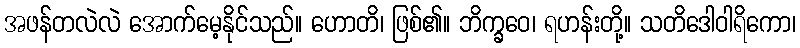
အဖန်တလဲလဲ အောက်မေ့နိုင်သည်။ ဟောတိ၊ ဖြစ်၏။ ဘိက္ခဝေ၊ ရဟန်းတို့။ သတိဒေါဝါရိကော၊